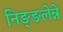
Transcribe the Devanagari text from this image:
निङ्ङलेन्ने